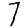
Digit: 7